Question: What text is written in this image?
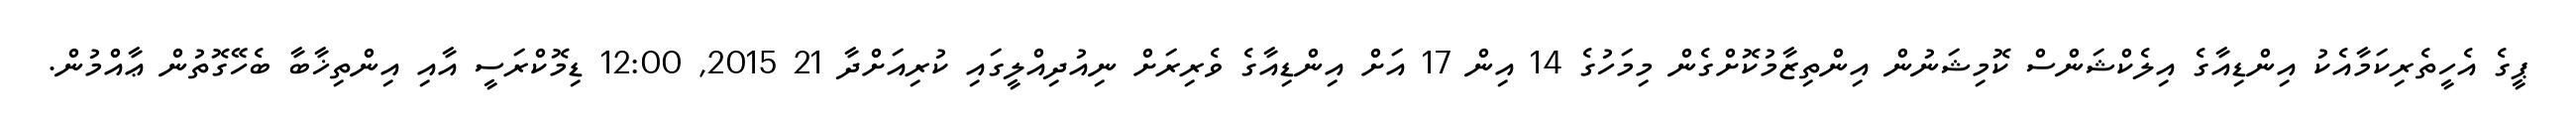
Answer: ޕީގެ އެހީތެރިކަމާއެކު އިންޑިއާގެ އިލެކްޝަންސް ކޮމިޝަނުން އިންތިޒާމުކޮށްގެން މިމަހުގެ 14 އިން 17 އަށް އިންޑިއާގެ ވެރިރަށް ނިއުދިއްލީގައި ކުރިއަށްދާ 21 2015, 12:00 ޑިމޮކްރަސީ އާއި އިންތިޚާބާ ބެހޭގޮތުން ޢާއްމުން.